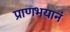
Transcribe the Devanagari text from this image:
प्राणभयानं